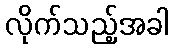
လိုက်သည့်အခါ